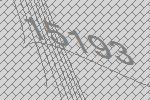
15193